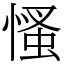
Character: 慅